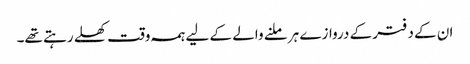
ان کے دفتر کے دروازے ہر ملنے والے کے لیے ہمہ وقت کھلے رہتے تھے۔